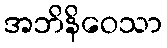
အဘိနိဝေသာ